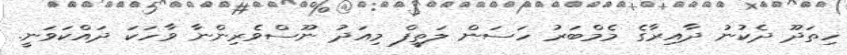
ހިތަދޫ ދެކުނު ދާއިރާގެ މެމްބަރު ހަސަން ލަތީފް މިއަދު ނޫސްވެރިންނާ ވާހަކަ ދައްކަވަނީ.